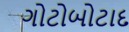
ગોટોબોટાદ